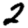
Digit: 2